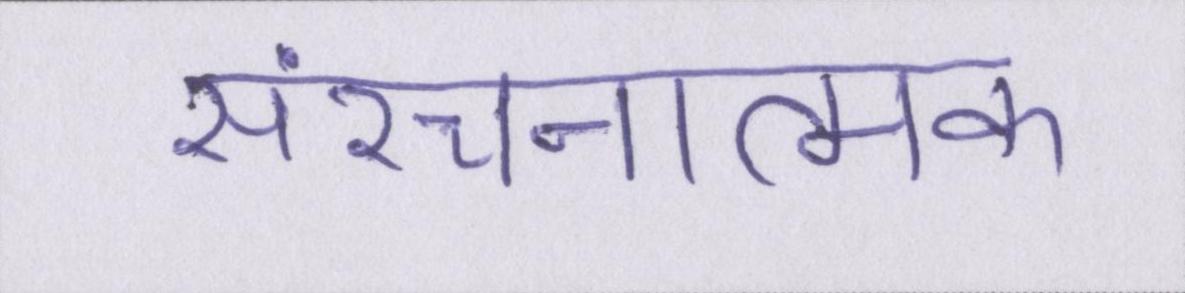
संरचनात्मक